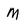
Character: M